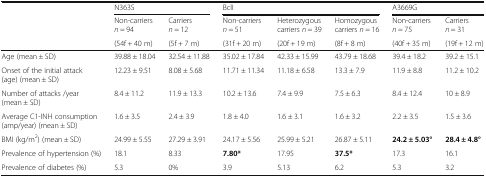
|  | <COLSPAN=2> N363S | <COLSPAN=3> BclI | <COLSPAN=2> A3669G |
 |  | Non-carriers n = 94 | Carriers n = 12 | Non-carriers n = 51 | Heterozygous carriers n = 39 | Homozygous carriers n = 16 | Non-carriers n = 75 | Carriers n = 31 |
 |  | (54f + 40 m) | (5f + 7 m) | (31f + 20 m) | (20f + 19 m) | (8f + 8 m) | (40f + 35 m) | (19f + 12 m) |
 | --- | --- | --- | --- | --- | --- | --- | --- |
 | Age (mean ± SD) | 39.88 ± 18.04 | 32.54 ± 11.88 | 35.02 ± 17.84 | 42.33 ± 15.99 | 43.79 ± 18.68 | 39.4 ± 18.2 | 39.2 ± 15.1 |
 | Onset of the initial attack (age) (mean ± SD) | 12.23 ± 9.51 | 8.08 ± 5.68 | 11.71 ± 11.34 | 11.18 ± 6.58 | 13.3 ± 7.9 | 11.9 ± 8.8 | 11.2 ± 10.2 |
 | Number of attacks /year (mean ± SD) | 8.4 ± 11.2 | 11.9 ± 13.3 | 10.2 ± 13.6 | 7.4 ± 9.9 | 7.5 ± 6.3 | 8.4 ± 12.4 | 10 ± 8.9 |
 | Average C1-INH consumption (amp/year) (mean ± SD) | 1.6 ± 3.5 | 2.4 ± 3.9 | 1.8 ± 4.0 | 1.6 ± 3.1 | 1.6 ± 3.2 | 2.2 ± 3.5 | 1.5 ± 3.6 |
 | BMI (kg/m2) (mean ± SD) | 24.99 ± 5.55 | 27.29 ± 3.91 | 24.17 ± 5.56 | 25.99 ± 5.21 | 26.87 ± 5.11 | 24.2 ± 5.03° | 28.4 ± 4.8° |
 | Prevalence of hypertension (%) | 18.1 | 8.33 | 7.80* | 17.95 | 37.5* | 17.3 | 16.1 |
 | Prevalence of diabetes (%) | 5.3 | 0% | 3.9 | 5.13 | 6.2 | 5.3 | 3.2 |